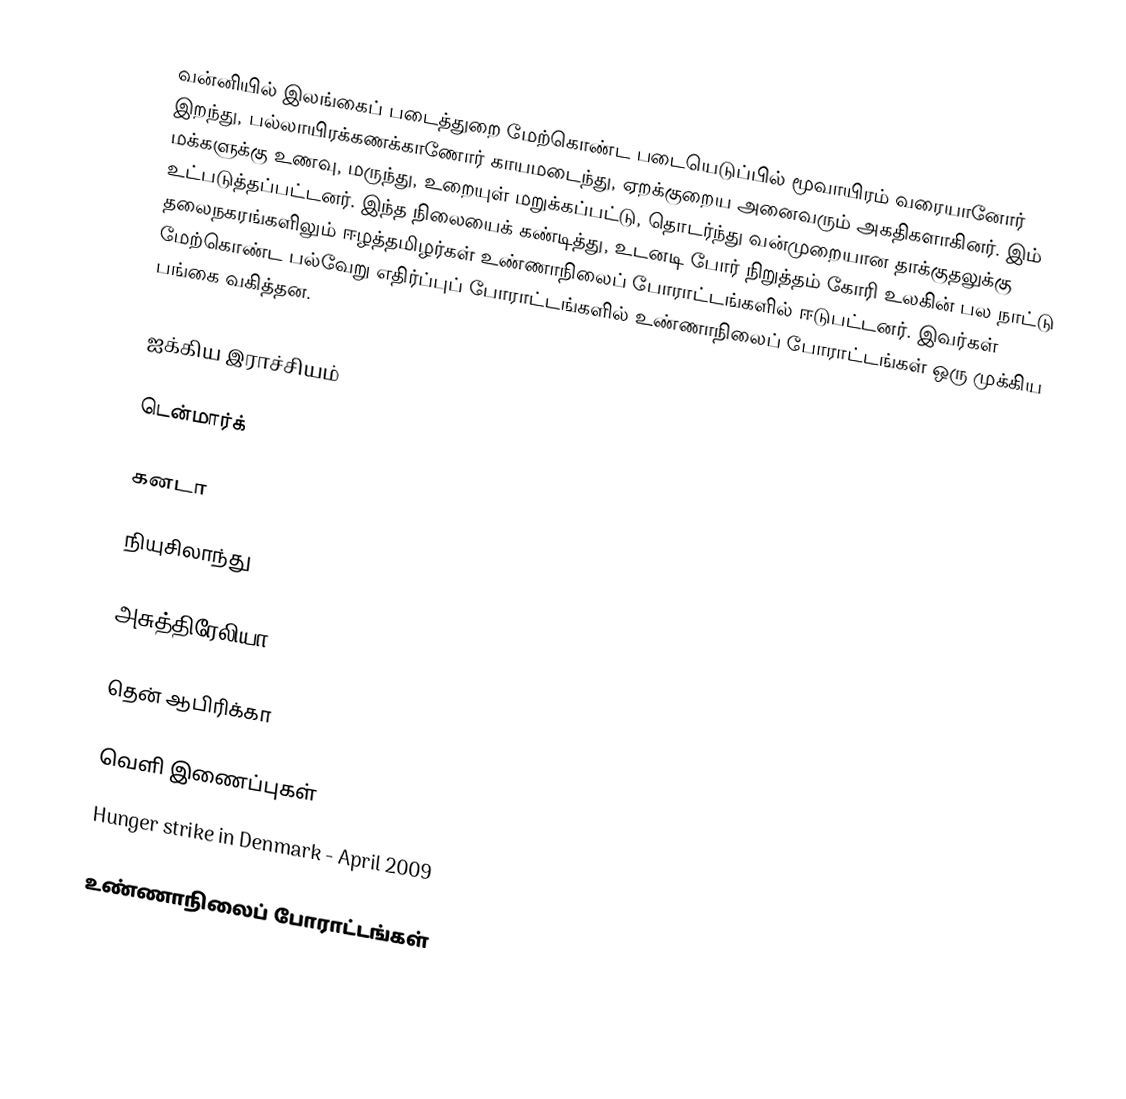
வன்னியில் இலங்கைப் படைத்துறை மேற்கொண்ட படையெடுப்பில் மூவாயிரம் வரையானோர் இறந்து, பல்லாயிரக்கணக்காணோர் காயமடைந்து, ஏறக்குறைய அனைவரும் அகதிகளாகினர். இம் மக்களுக்கு உணவு, மருந்து, உறையுள் மறுக்கப்பட்டு, தொடர்ந்து வன்முறையான தாக்குதலுக்கு உட்படுத்தப்பட்டனர். இந்த நிலையைக் கண்டித்து, உடனடி போர் நிறுத்தம் கோரி உலகின் பல நாட்டு தலைநகரங்களிலும் ஈழத்தமிழர்கள் உண்ணாநிலைப் போராட்டங்களில் ஈடுபட்டனர். இவர்கள் மேற்கொண்ட பல்வேறு எதிர்ப்புப் போராட்டங்களில் உண்ணாநிலைப் போராட்டங்கள் ஒரு முக்கிய பங்கை வகித்தன.

ஐக்கிய இராச்சியம்

டென்மார்க்

கனடா

நியுசிலாந்து

அசுத்திரேலியா

தென் ஆபிரிக்கா

வெளி இணைப்புகள்
 Hunger strike in Denmark - April 2009

உண்ணாநிலைப் போராட்டங்கள்